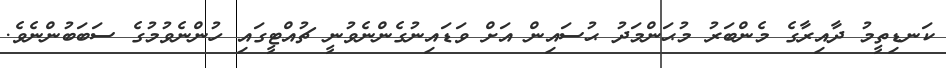
ކަނޑިތީމު ދާއިރާގެ މެންބަރު މުޙަންމަދު ޙުސައިން އަށް ވަޑައިނުގެންނެވުނީ ޗުއްޓީގައި ހުންނެވުމުގެ ސަބަބުންނެވެ.